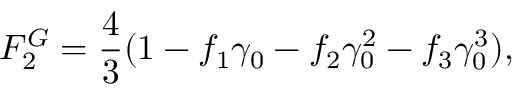
F _ { 2 } ^ { G } = \frac { 4 } { 3 } ( 1 - f _ { 1 } \gamma _ { 0 } - f _ { 2 } \gamma _ { 0 } ^ { 2 } - f _ { 3 } \gamma _ { 0 } ^ { 3 } ) ,